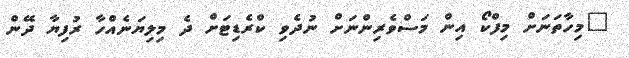
"މިހާތަނަށް މިފްކޯ އިން މަސްވެރިންނަށް ނުދެވި ކްރެޑިޓަށް ދެ މިލިޔަނެއްހާ ރުފިޔާ ދޭން